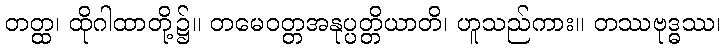
တတ္ထ၊ ထိုဂါထာတို့၌။ တမေဝတ္တအနုပ္ပတ္တိယာတိ၊ ဟူသည်ကား။ တဿဗုဒ္ဓဿ၊